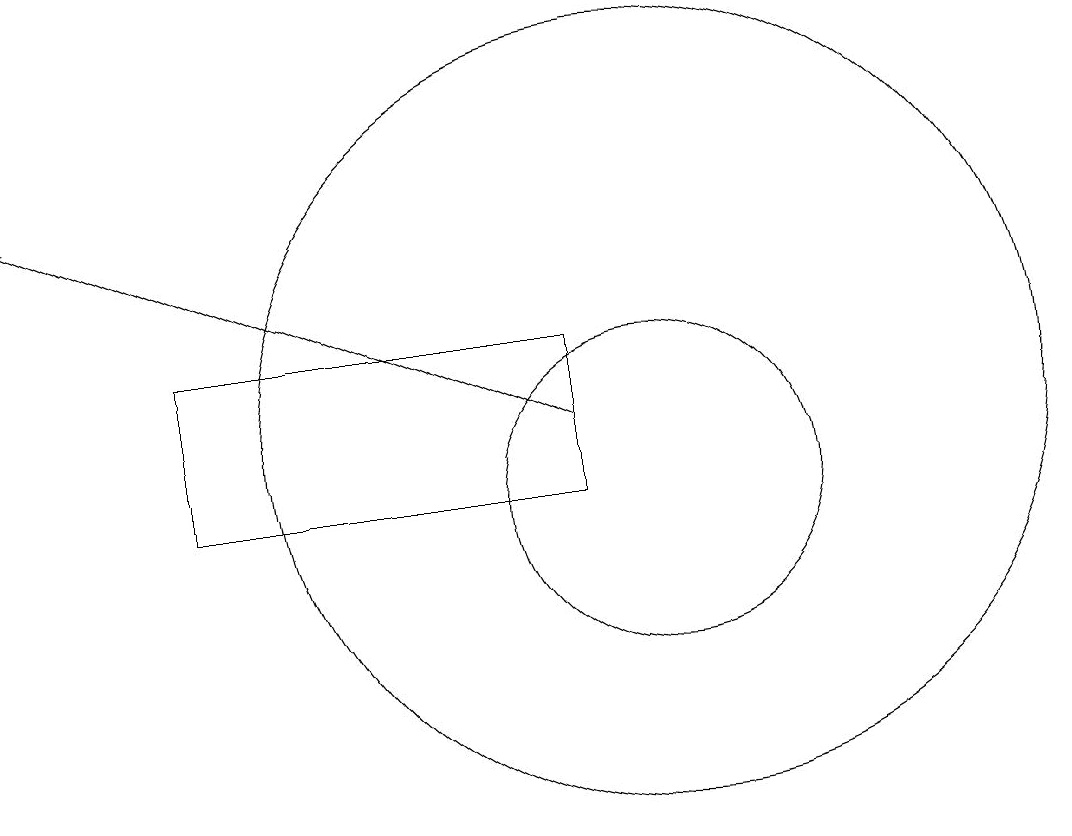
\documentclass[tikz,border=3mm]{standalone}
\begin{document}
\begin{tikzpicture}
\draw (9,11) rectangle (4,13);
\draw (10,12) circle (5);
\draw[->] (9,12) -- (2,15);
\draw (10,11) circle (2);
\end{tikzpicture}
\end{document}